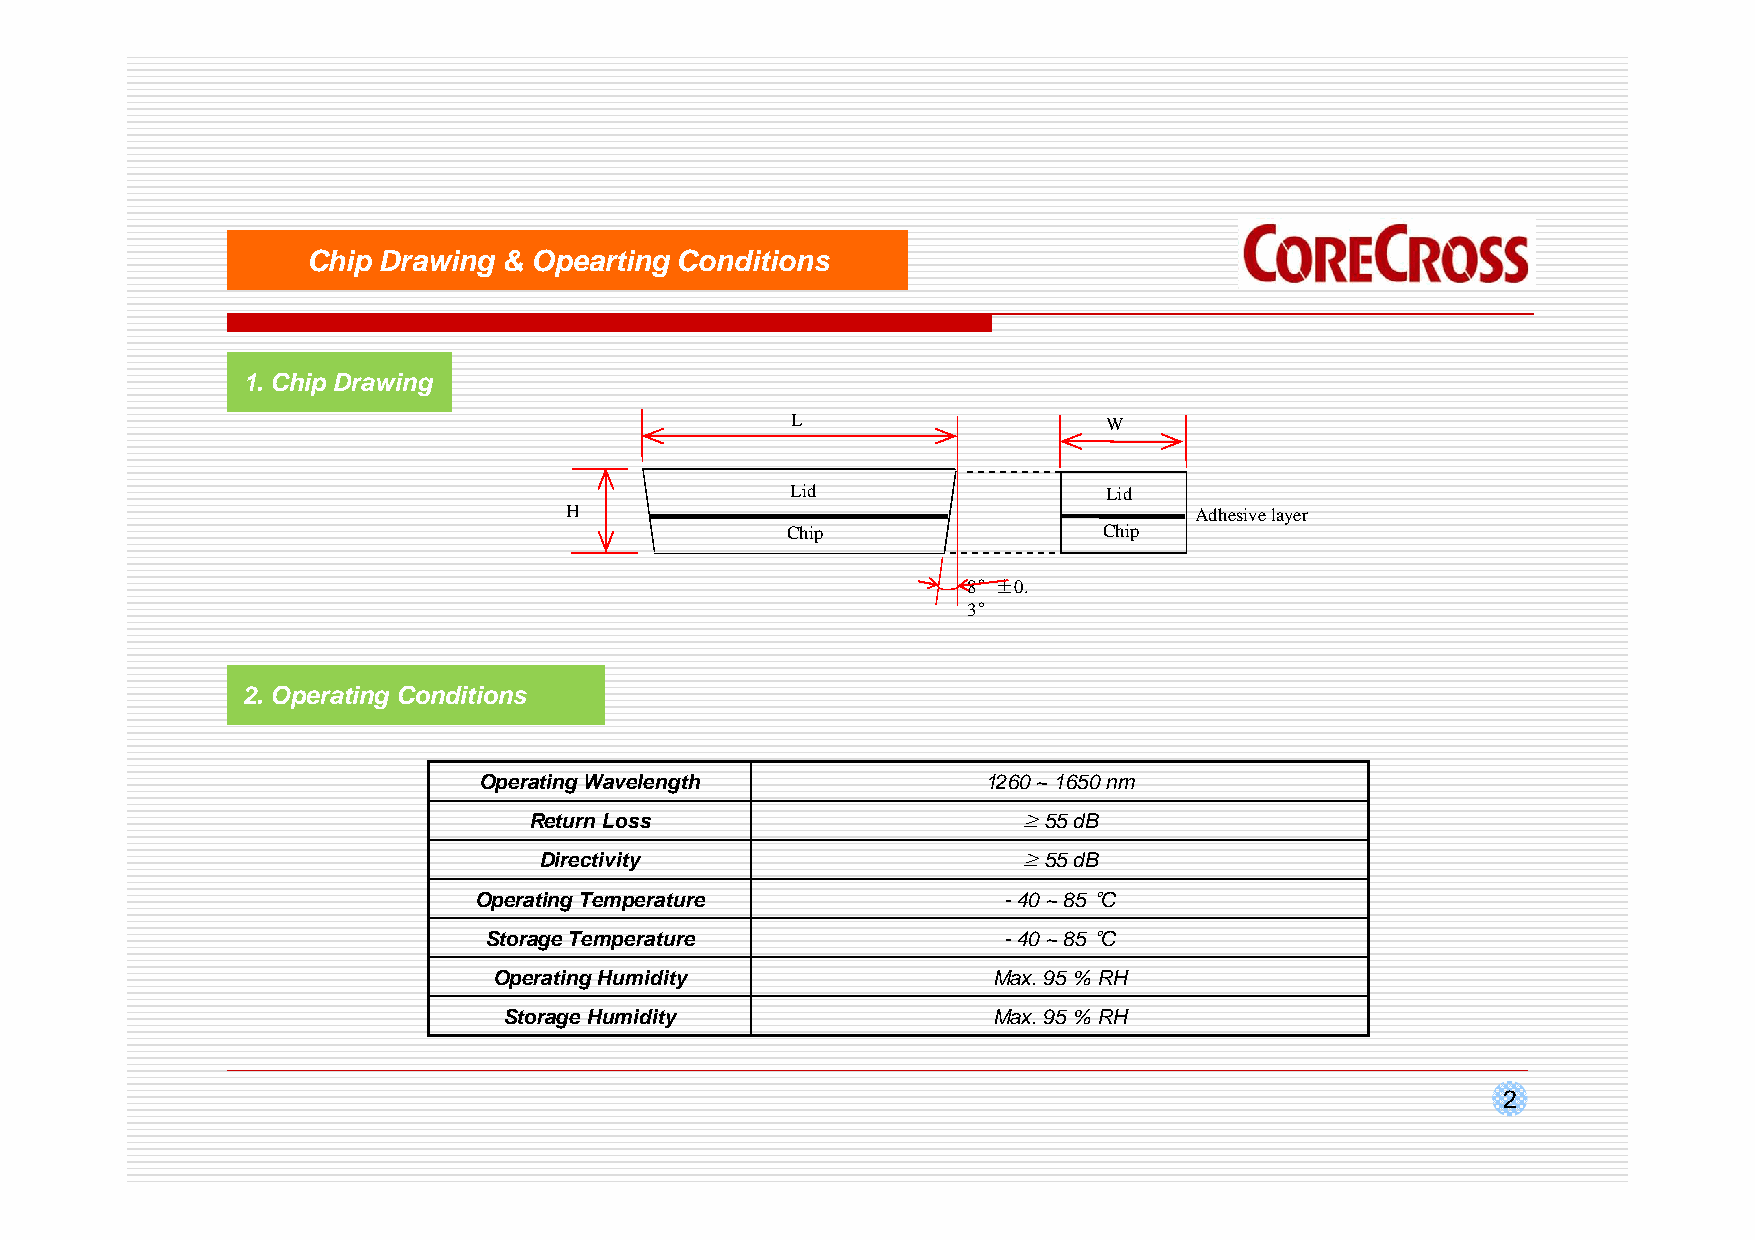
Chip Drawing & Opearting Conditions
 1. Chip Drawing
 L                    W
 Lid                  Lid
 H                                         Adhesivelayer
 Chip                 Chip
 8°±0.
 3°
 2. Operating Conditions
 Operating Wavelength             1260 ~ 1650 nm
 Return Loss                     ≥55 dB
 Directivity                    ≥55 dB
 Operating Temperature              -40 ~ 85 °C
 Storage Temperature               -40 ~ 85 °C
 Operating Humidity               Max. 95 % RH
 Storage Humidity                 Max. 95 % RH
 2